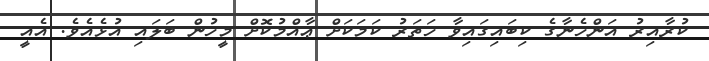
ކުރާއިރު އަންހެނާގެ ކިބައިގައިވާ ހަތަރު ކަމަކަށް ޢާއްމުކޮށް މީހުން ބަލައި އުޅެއެވެ. އެއީ